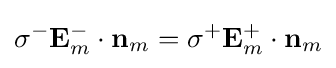
\sigma ^{-}\mathbf {E} _{m}^{-}\cdot \mathbf {n} _{m}=\sigma ^{+}\mathbf {E} _{m}^{+}\cdot \mathbf {n} _{m}